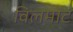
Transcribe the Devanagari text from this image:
विलमोट